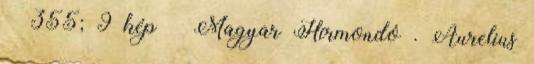
– 355; 9 kép – Magyar Hírmondó . Aurelius